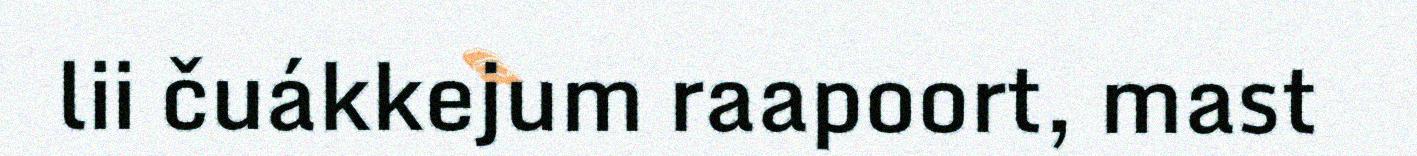
lii čuákkejum raapoort, mast